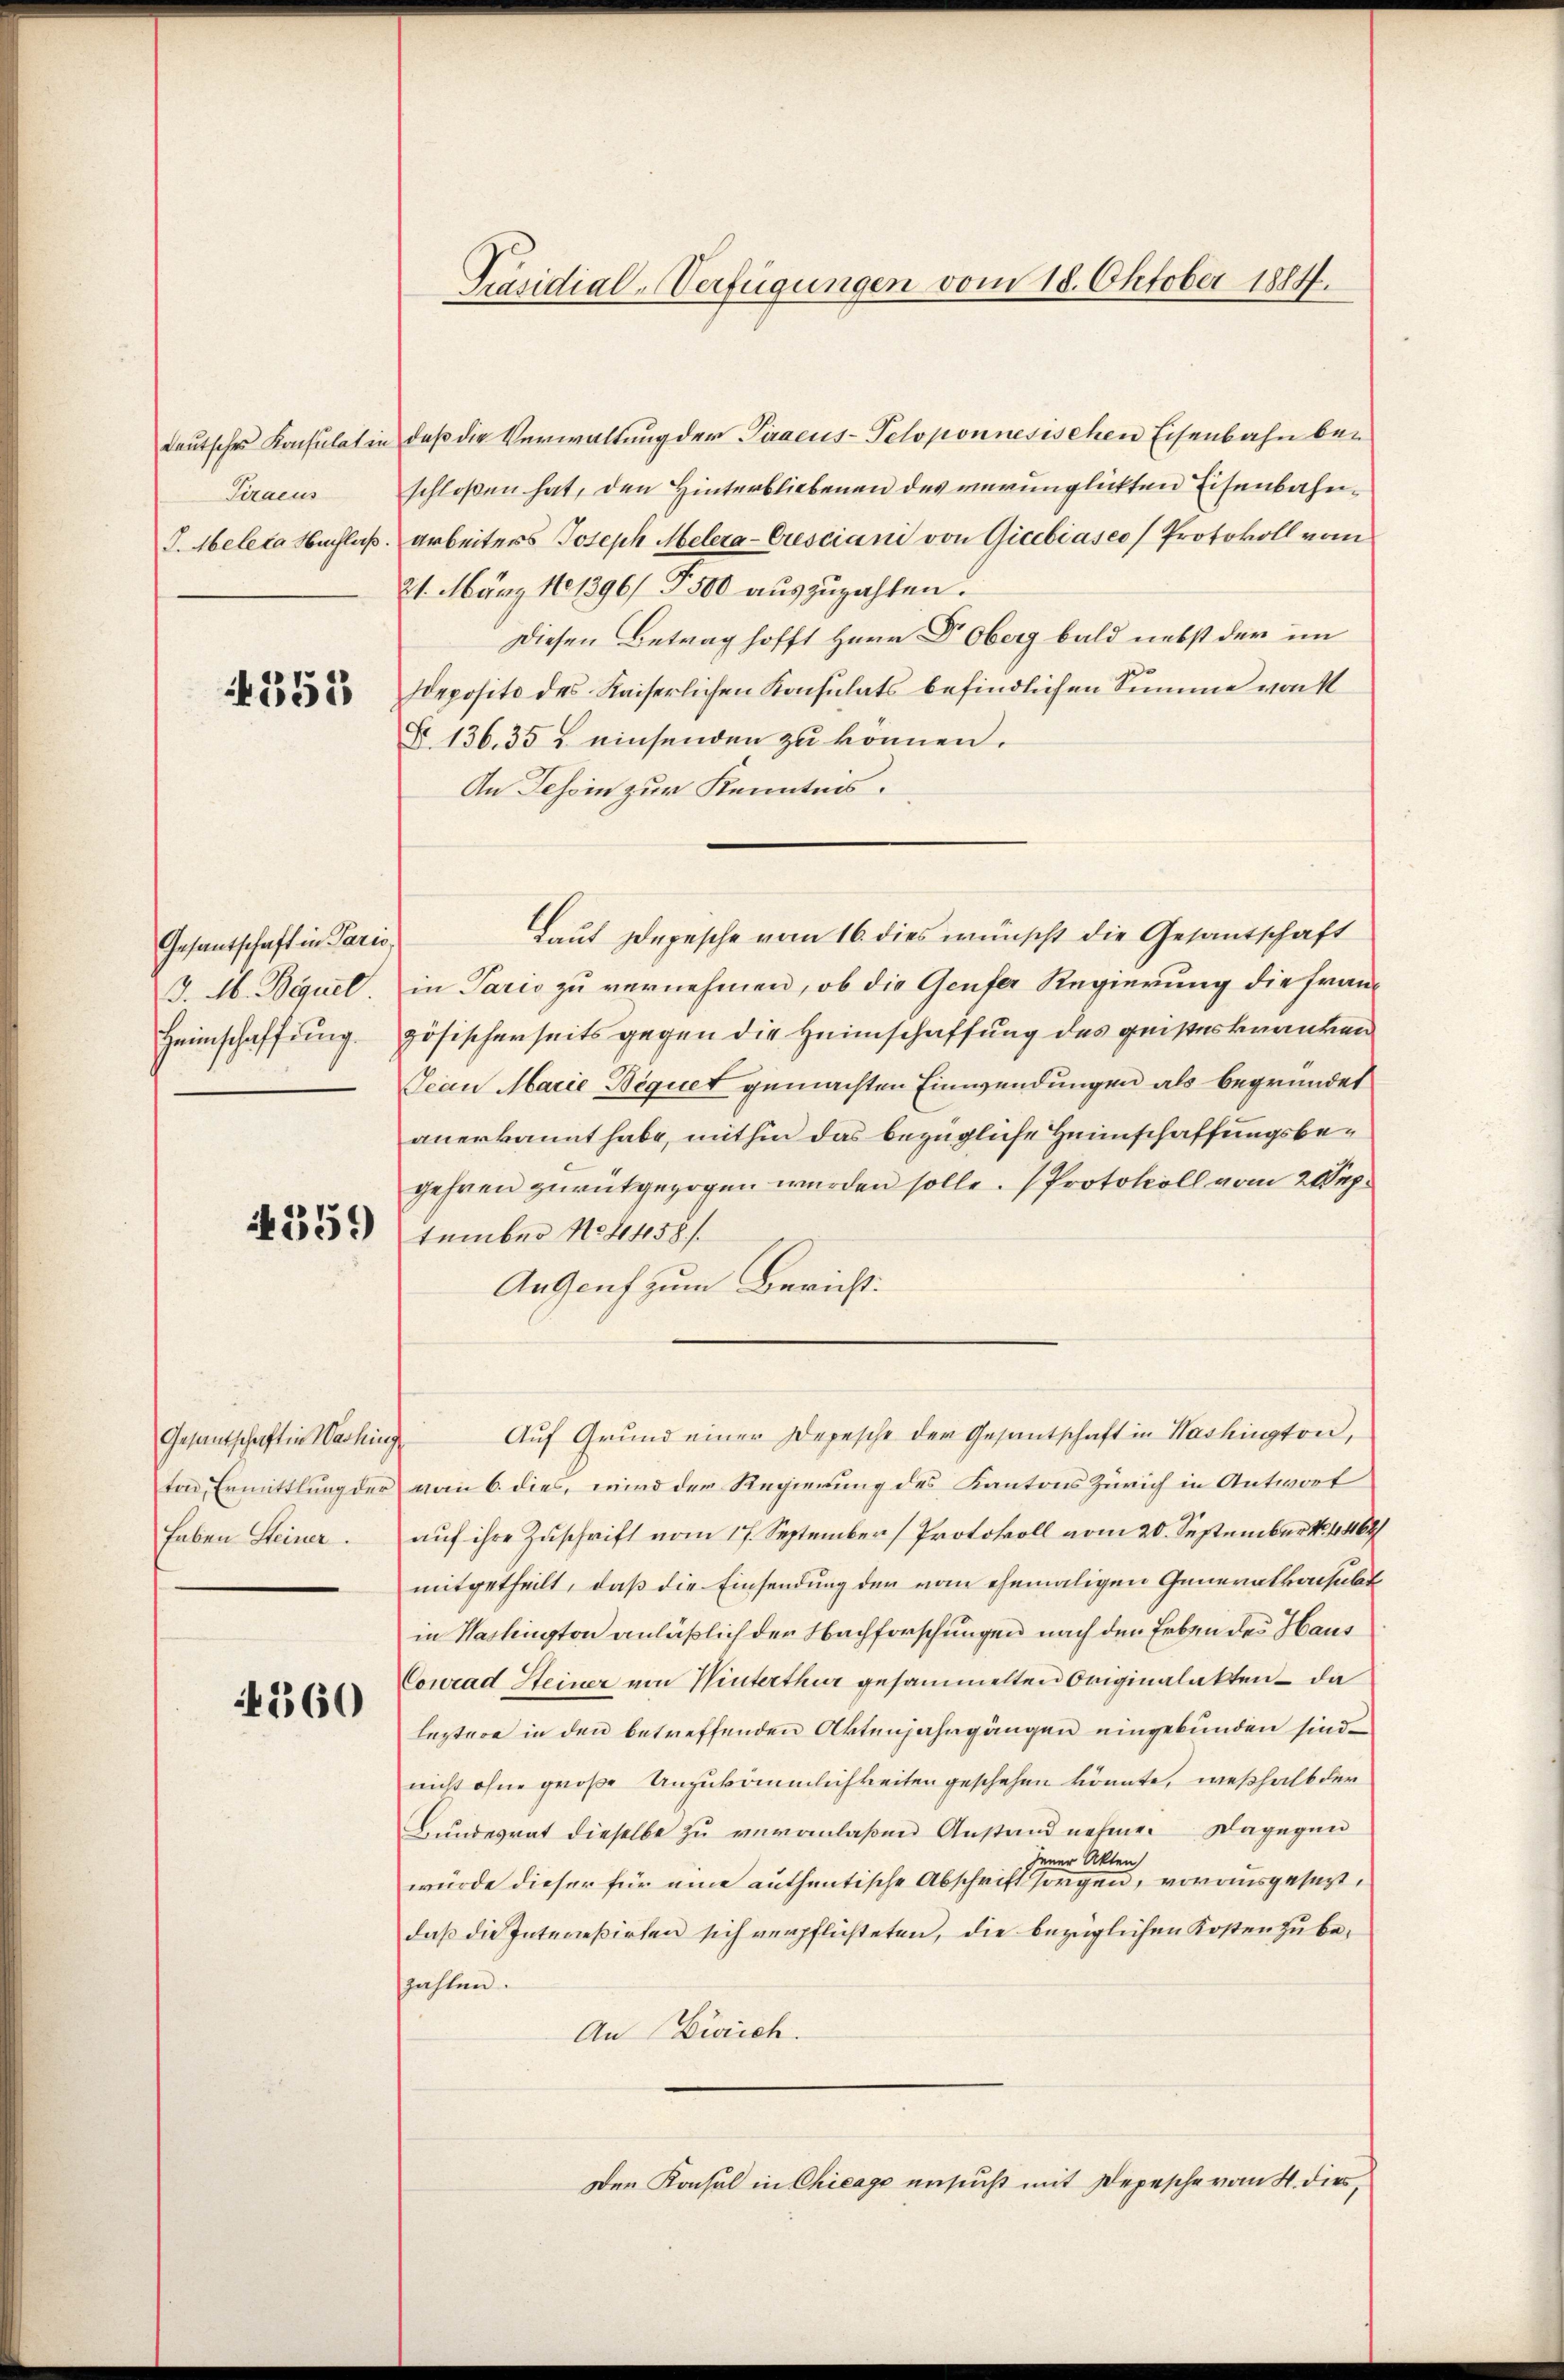
deutsches Konsulat in
Tiraeus
J. Meleta Nachlaß.

4355

Gesantschaft in Paris.
d. M. Bequel
Heimschaffung.

4359

Gesantschaft in Washing
ton, Ermittlung der
haben Seiner

4560

Präsidial-Verfügungen vom 18. Oktober 1884.

daß die Verwaltung der Tiraeus-Teloponnesischen Eisenbahn beschloßen hat, den Hinterbliebenen des verunglickten Eisenbahnarbeiters Joseph Melera-Cresciani von Gicebiases Protokoll vom
21. März 181396/ 5500 auszuzahlen.
Diesen Betrag hofft Herr Dr. Oberg bald nebst der im
deposite des Kaiserlichen Konsulats befindlichen Summe von 1
§ 136. 35 J. einsenden zu können.
An Tessin zur Kenntnis.
laut Depesche vom 16. dies wünscht die Gesandschaft
in Paris zu vernehmen, ob die Genfer Regierung die französischerseits gegen die Heimschaffung des geisteskranken
Jean Marie Bequet gemachten Einwendungen als begründet
anerkannt habe, mithin das bezügliche Heimschaffungsbegehren zurükgezogen werden solle. (Protokoll vom 20.
tember No 11458/
AnGenf zum Bericht.
Auf Grund einer Depesche der Gesantschaft in Washington,
vom 6. dies, wird der Regierung des Kantons Zürich in Antwort
auf ihre Zuschrift vom 17. September (Protokoll vom 20. September No. 4467/
mitgetheilt, daß die Einsendung der von ehemaligen Generalkonsult
in Haslington anläßlich der Nachforschungen nach den Erben des Haus
Conrad Steiner von Winterthur gesammelten Originalakten – da
leztere in den betreffenden Aktenjahrgängen eingebunden sind.
nicht ohne große Unzukömmlichkeiten geschehen könnte, weßhalb der
Bundesrat dieselbe zu veranlaßen Anstand nehme. Dagegan
jener Akten)
würde dieser für eine authentische Abschrift sorgen, vorausgesezt,
daß die Intereßirten sich verpflichteten, die bezüglichen Kosten zu bezahlen.
An Zürich.
Den Konsul in Chicage ersucht mit Depesche vom 4. dies,